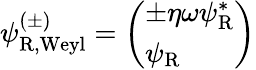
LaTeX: \psi_{\mathrm{{R,Weyl}}}^{(\pm)}={\left(\begin{array}{l}{\pm\eta\omega\psi_{\mathrm{{R}}}^{*}}\\ {\psi_{\mathrm{{R}}}}\end{array}\right)}